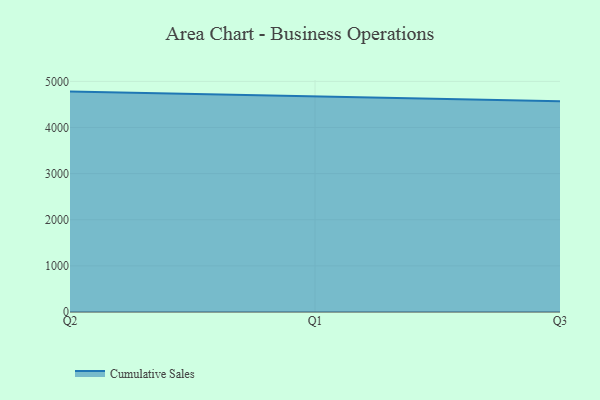
{"axis": {"x": "Quarter", "y": "Satisfaction Score"}, "legend": ["Cumulative Sales"], "data": [{"x": "Q2", "y": 4777.8, "type": "Cumulative Sales"}, {"x": "Q1", "y": 4669.5, "type": "Cumulative Sales"}, {"x": "Q3", "y": 4567.3, "type": "Cumulative Sales"}]}